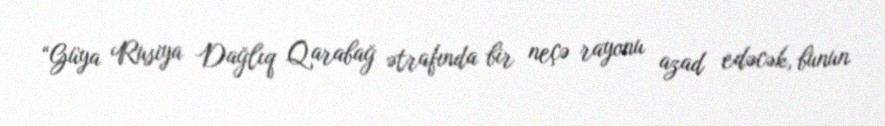
“Güya Rusiya Dağlıq Qarabağ ətrafında bir neçə rayonu azad edəcək, bunun